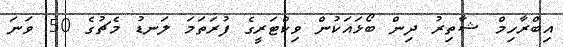
އިބްރާހިމް ޝާތިރު ދިން ބޯޅައަކުން ވިކްޓަރީގެ ފުރަތަމަ ލަނޑު މެޗުގެ 50 ވަނަ